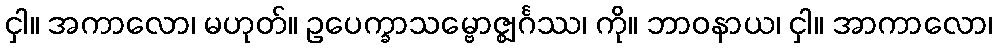
ငှါ။ အကာလော၊ မဟုတ်။ ဥပေက္ခာသမ္ဗောဇ္ဈင်္ဂဿ၊ ကို။ ဘာဝနာယ၊ ငှါ။ အာကာလော၊